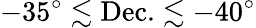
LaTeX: -35^{\circ}\lesssim\mathrm{Dec.}\lesssim-40^{\circ}